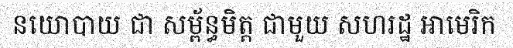
នយោបាយ ជា សម្ព័ន្ធមិត្ត ជាមួយ សហរដ្ឋ អាមេរិក